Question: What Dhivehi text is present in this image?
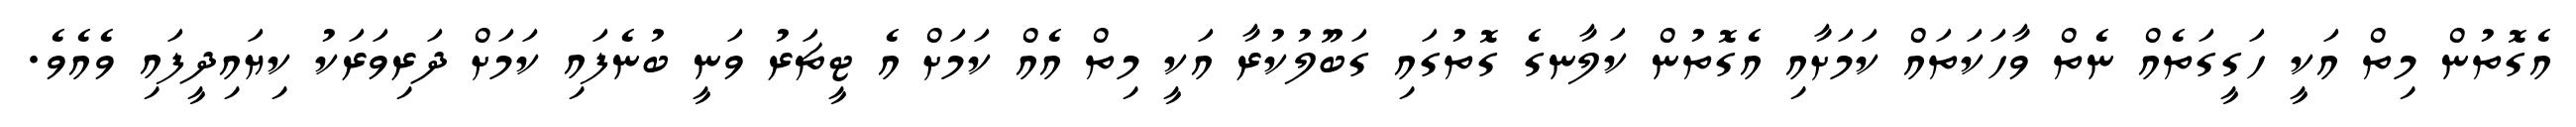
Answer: އެގޮތުން މިތް އަކީ ހަގީގަތެއް ނެތް ވާހަކަތައް ކަމަށާއި އެގޮތުން ކަލާނގެ ގޮތުގައި ގަބޫލުކުރާ އަކީ މިތް އެއް ކަމަށް އެ ޓީޗަރު ވަނީ ބުނެފައި ކަމަށް ދަރިވަރަކު ކިޔައިދީފައި ވެއެވެ.